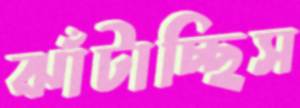
ঝাঁটাচ্ছিস